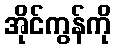
အိုင်ကွန်ကို